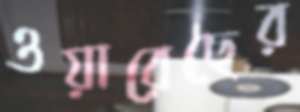
ওয়ারেছের